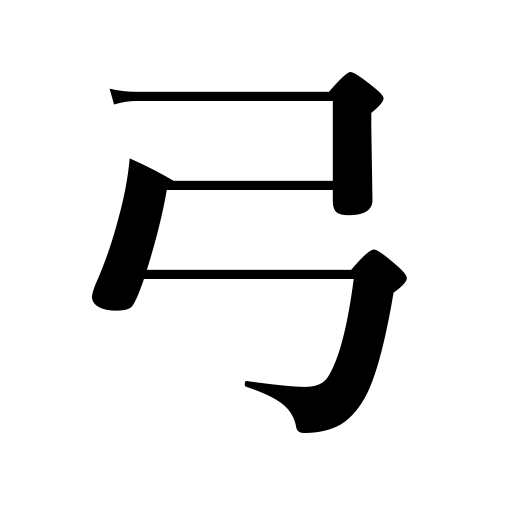
Meanings: violin bow,archery,bow shape,bow